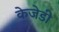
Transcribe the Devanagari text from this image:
केजेडी